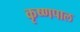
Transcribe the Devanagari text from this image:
कृष्णपाल